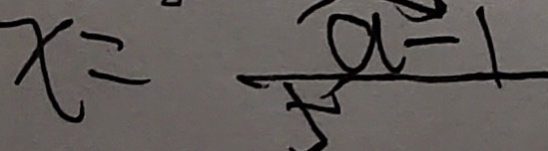
x = \frac { a - 1 } { 5 }